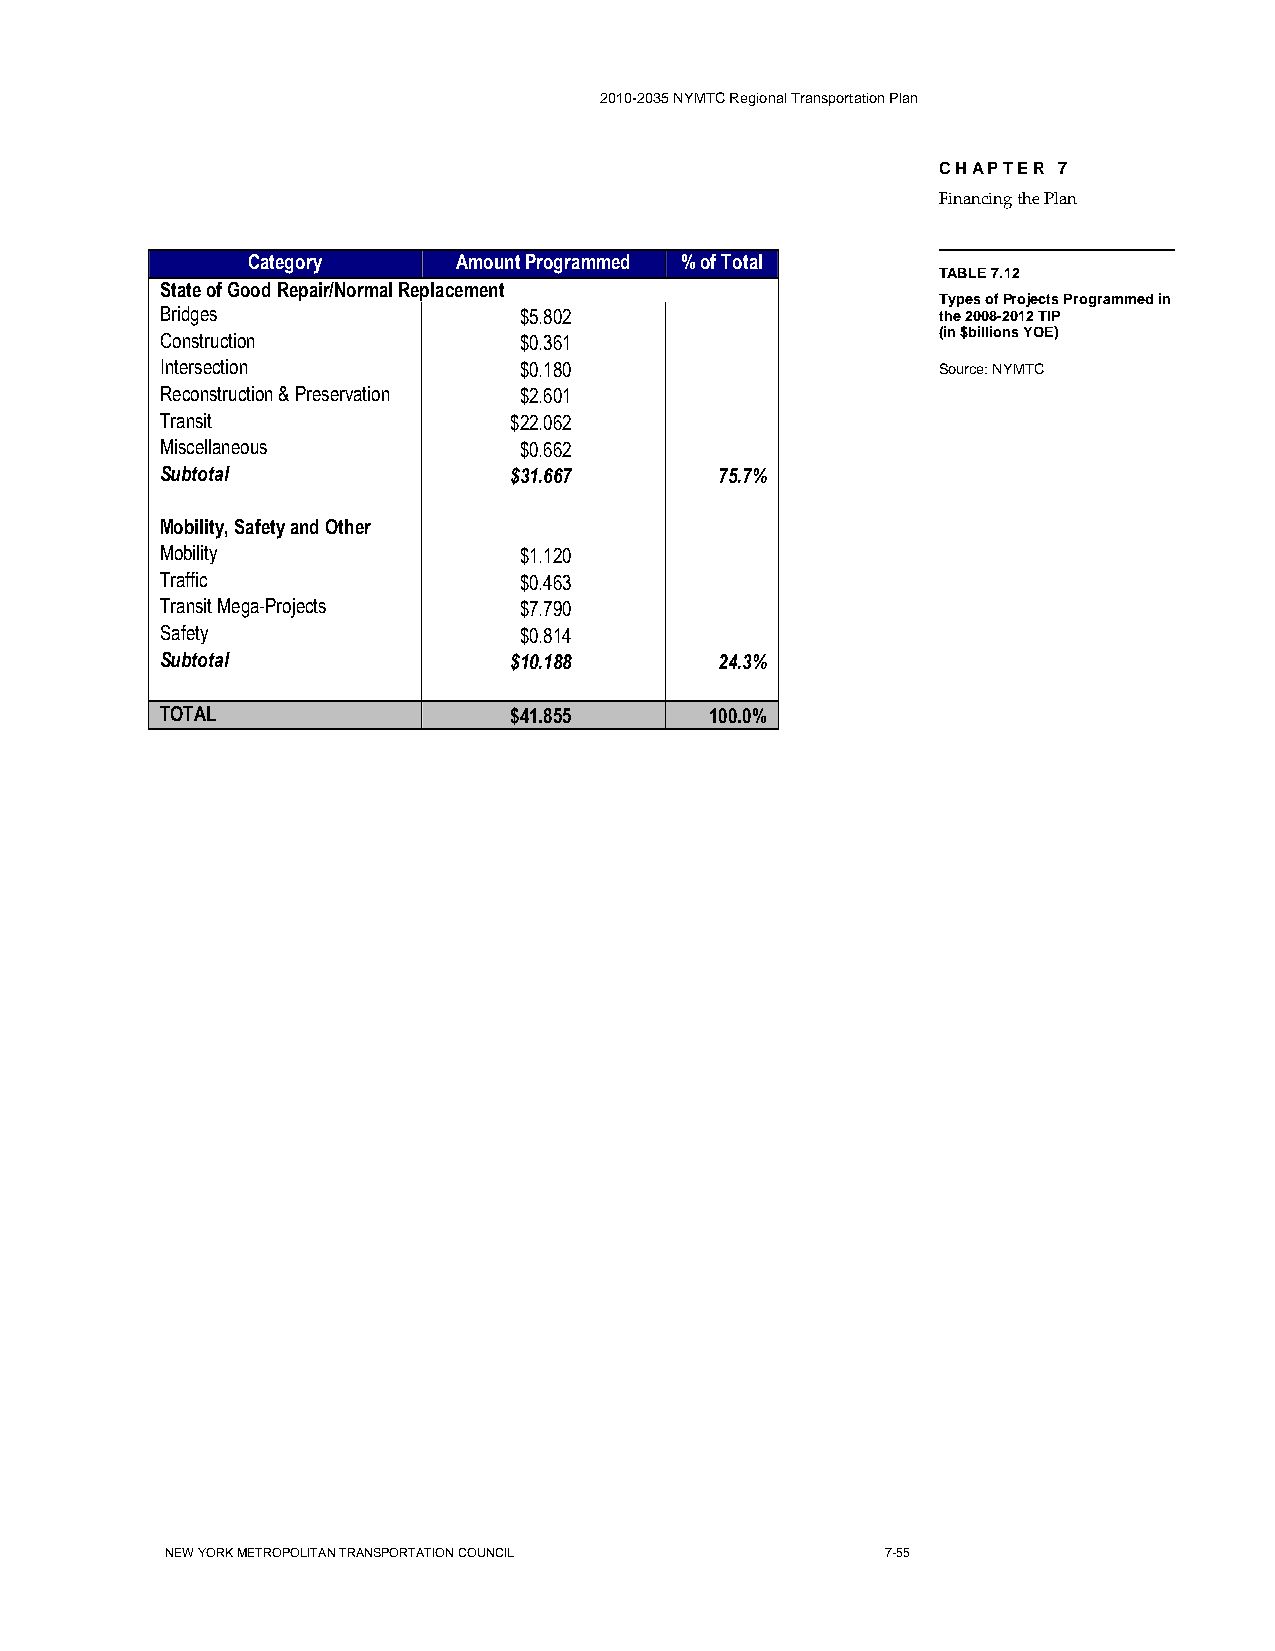
2010-2035 NYMTC Regional Transportation Plan
 CHAPTER 7
 Financing the Plan
 Category      Amount Programmed % of Total
 TABLE 7.12
 State of Good Repair/Normal Replacement
 Types of Projects Programmed in
 Bridges                $5.802                      the 2008-2012 TIP
 Construction           $0.361                      (in $billions YOE)
 Intersection           $0.180                      Source: NYMTC
 Reconstruction & Preservation $2.601
 Transit                $22.062
 Miscellaneous          $0.662
 Subtotal               $31.667       75.7%
 Mobility, Safety and Other
 Mobility               $1.120
 Traffic                $0.463
 Transit Mega-Projects  $7.790
 Safety                 $0.814
 Subtotal               $10.188       24.3%
 TOTAL                  $41.855      100.0%
 NEW YORK METROPOLITAN TRANSPORTATION COUNCIL    7-55